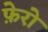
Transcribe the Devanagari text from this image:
फ़ेरो